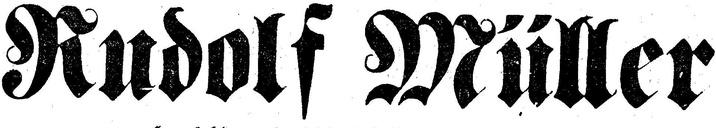
Rudolf Müller